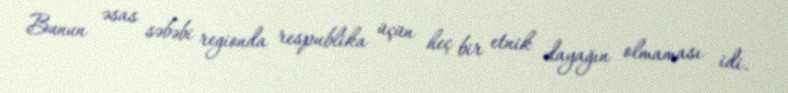
Bunun əsas səbəbi regionda respublika üçün heç bir etnik dayağın olmaması idi.